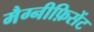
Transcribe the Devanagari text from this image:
मैग्नीफ़िसेंट